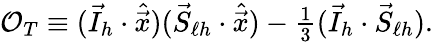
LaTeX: {\cal O}_{T}\equiv(\vec{I}_{h}\cdot\hat{\vec{x}})(\vec{S}_{\ell h}\cdot\hat{\vec{x}})-\textstyle\frac 13(\vec{I}_{h}\cdot\vec{S}_{\ell h}).